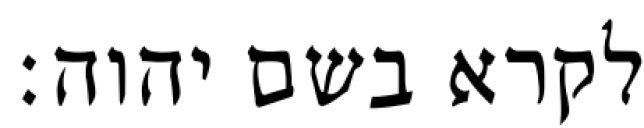
לקרא בשם יהוה׃